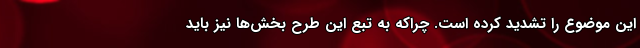
این موضوع را تشدید کرده است. چراکه به تبع این طرح بخش‌ها نیز باید